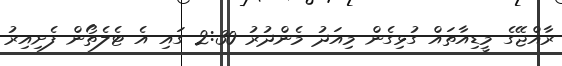
ރާއްޖޭގެ މީޑިއާތައް ގުޅިގެން މިއަދު މެންދުރު 2:30 ގައި އެ ޓެލެތޯން ފެށިއިރު